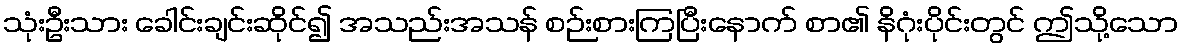
သုံးဦးသား ခေါင်းချင်းဆိုင်၍ အသည်းအသန် စဉ်းစားကြပြီးနောက် စာ၏ နိဂုံးပိုင်းတွင် ဤသို့သော